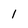
Character: I